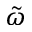
\tilde { \omega }